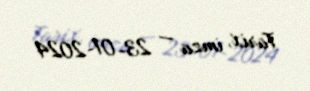
Tarix, imza — 23-01-2024